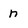
Character: n